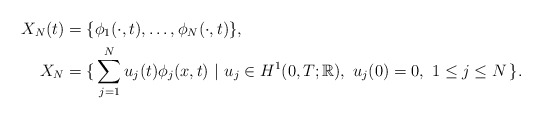
\begin{align*} X_N(t) & = \{\phi_1(\cdot,t),\dots,\phi_N(\cdot,t)\}, \\ X_N &= \{\, \sum_{j=1}^N u_j(t)\phi_j(x,t)~|~ u_j \in H^1(0,T; \Bbb{R}), ~u_j(0)=0, ~1 \leq j \leq N\,\}.\end{align*}